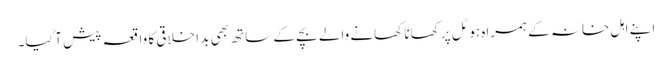
اپنے اہل خانہ کے ہمراہ ہوٹل پر کھانا کھانے والے بچے کے ساتھ بھی بد اخلاقی کا واقعہ پیش آگیا۔